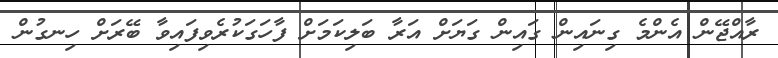
ރާއްޖޭން އެންމެ ގިނައިން ގައިން ގަޔަށް އަރާ ބަލިކަމަށް ފާހަގަކުރެވިފައިވާ ބޭރަށް ހިނގުން